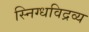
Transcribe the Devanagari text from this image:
स्निग्धविद्रव्य